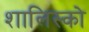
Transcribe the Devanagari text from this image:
शालिस्को